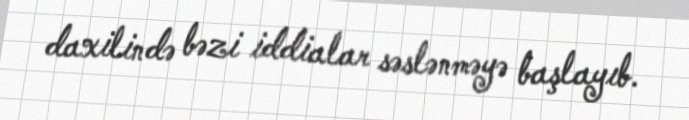
daxilində bəzi iddialar səslənməyə başlayıb.